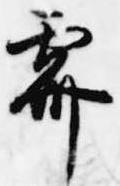
霽